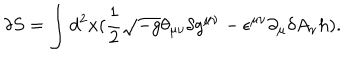
\delta S = \int d ^ { 2 } x ( \frac { 1 } { 2 } \sqrt { - g } \theta _ { \mu \nu } \delta g ^ { \mu \nu } - \epsilon ^ { \mu \nu } \partial _ { \mu } \delta A _ { \nu } h ) .